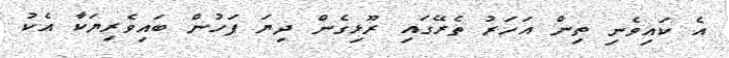
އެ ކައިވެނި ތިން އަހަރު ތެރޭގައި ރޫޅިގެން ދިޔަ ފަހުން ބައިވެރިޔަކާ އެކު